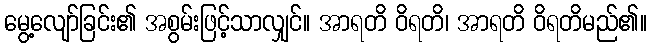
မွေ့လျော်ခြင်း၏ အစွမ်းဖြင့်သာလျှင်။ အာရတိ ဝိရတိ၊ အာရတိ ဝိရတိမည်၏။